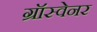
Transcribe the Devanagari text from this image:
ग्रॉस्वेनर